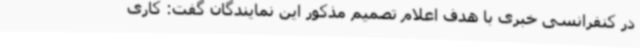
در کنفرانسی خبری با هدف اعلام تصمیم مذکور این نمایندگان گفت: کاری